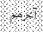
آخرھم